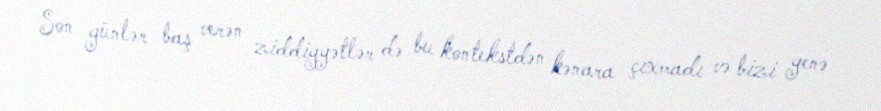
Son günlər baş verən ziddiyyətlər də bu kontekstdən kənara çıxmadı və bizi yenə